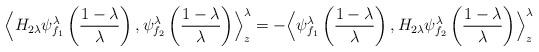
LaTeX: \begin{align*}\Bigr\langle{H_{2\lambda}\psi^\lambda_{f_1}\left(\frac{1-\lambda}{\lambda}\right),\psi^\lambda_{f_2}\left(\frac{1-\lambda}{\lambda}\right)\Bigr\rangle^\lambda_z=-\Bigr\langle\psi^\lambda_{f_1}\left(\frac{1-\lambda}{\lambda}\right),H_{2\lambda}}\psi^\lambda_{f_2}\left(\frac{1-\lambda}{\lambda}\right)\Bigr\rangle^\lambda_{z}\end{align*}